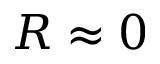
R \approx 0